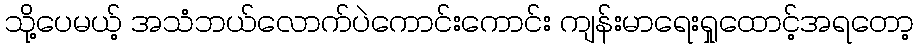
သို့ပေမယ့် အသံဘယ်လောက်ပဲကောင်းကောင်း ကျန်းမာရေးရှုထောင့်အရတော့